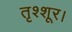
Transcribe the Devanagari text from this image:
तृश्शूर।